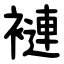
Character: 褳